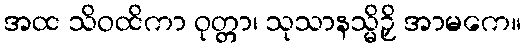
အထ သိဝထိကာ ဝုတ္တာ၊ သုသာနသ္မိဉှိ အာမကေ။